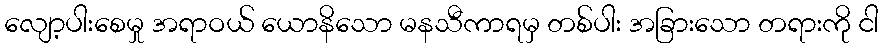
လျော့ပါးစေမှု အရာဝယ် ယောနိသော မနသီကာရမှ တစ်ပါး အခြားသော တရားကို ငါ